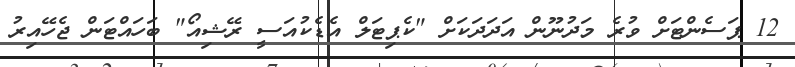
12 ޕަސެންޓަށް ވުރެ މަދުނޫން އަދަދަކަށް "ކެޕިޓަލް އެޑެކުއަސީ ރޭޝިއޯ" ބަހައްޓަން ޖެހޭއިރު